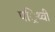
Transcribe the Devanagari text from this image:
पर्िथ्वी